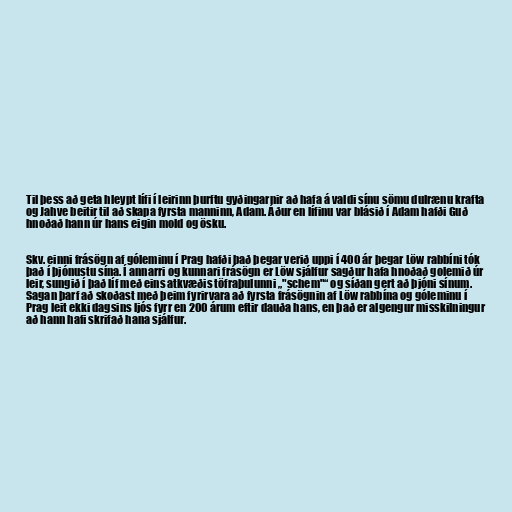
Til þess að geta hleypt lífi í leirinn þurftu gyðingarnir að hafa á valdi sínu sömu dulrænu krafta
og Jahve beitir til að skapa fyrsta manninn, Adam. Áður en lífinu var blásið í Adam hafði Guð
hnoðað hann úr hans eigin mold og ösku.

Skv. einni frásögn af góleminu í Prag hafði það þegar verið uppi í 400 ár þegar Löw rabbíni tók
það í þjónustu sína. Í annarri og kunnari frásögn er Löw sjálfur sagður hafa hnoðað golemið úr
leir, sungið í það líf með eins atkvæðis töfraþulunni „"schem"“ og síðan gert að þjóni sínum.
Sagan þarf að skoðast með þeim fyrirvara að fyrsta frásögnin af Löw rabbína og góleminu í
Prag leit ekki dagsins ljós fyrr en 200 árum eftir dauða hans, en það er algengur misskilningur
að hann hafi skrifað hana sjálfur.